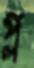
প্ল